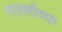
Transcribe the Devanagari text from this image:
पाहणीच्या